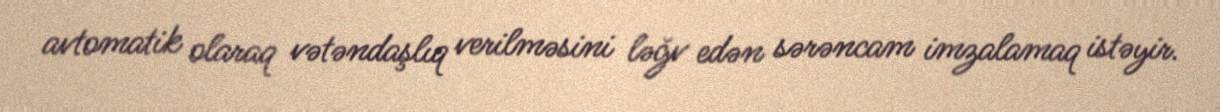
avtomatik olaraq vətəndaşlıq verilməsini ləğv edən sərəncam imzalamaq istəyir.